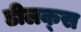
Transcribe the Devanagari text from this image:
डीलक्‍स